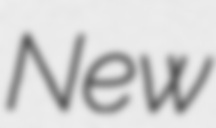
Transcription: New